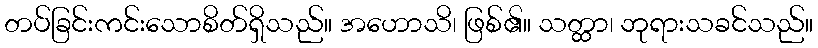
တပ်ခြင်းကင်းသောစိတ်ရှိသည်။ အဟောသိ၊ ဖြစ်၏။ သတ္ထာ၊ ဘုရားသခင်သည်။